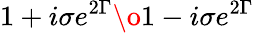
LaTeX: {{1+i\sigma e^{2\Gamma}}\o{1-i\sigma e^{2\Gamma}}}